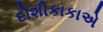
દોશીકાકાએ